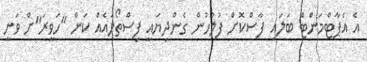
އެ އެޕާޓްމަންޓް ބަލައި ފާސްކޮށް ފުލުހުން ގެންދިޔައީ ފިސްތޯލައެއް ކަން "ހަވީރަ"ށް ވަނީ